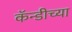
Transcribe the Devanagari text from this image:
कॅन्डीच्या